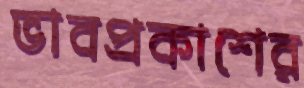
ভাবপ্রকাশের